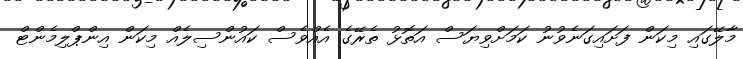
މާލޭގައި މިކަން ފަށައިގަނެވުނު ކަމަށްވިޔަސް އަތޮޅު ތެރޭގެ އެއްވެސް ކައުންސިލެއް މިކަން އިންޕްލިމެންޓް